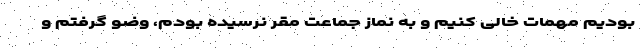
بودیم مهمات خالی کنیم و به نماز جماعت مقر نرسیده بودم، وضو گرفتم و